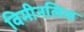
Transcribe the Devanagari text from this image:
विमीनलिस